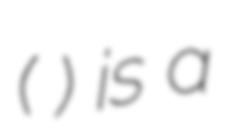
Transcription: (كنينه ذياب) is a